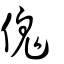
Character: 傀